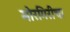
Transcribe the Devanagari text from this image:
मोरगिरीचा